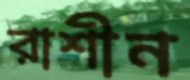
রাশীন